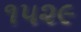
૧૫૨૯